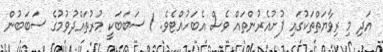
އަދި މި ރިވާޔަތްތަކުގައި ފުށުއެރުންތައް ވެސް އެބަހުއްޓެވެ. 1 ސަބަބަކީ މުރުތައްދުވުމުގެ ސަބަބުން